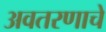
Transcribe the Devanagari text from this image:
अवतरणाचे